Scottish Leaving Certificate Examination, 1958
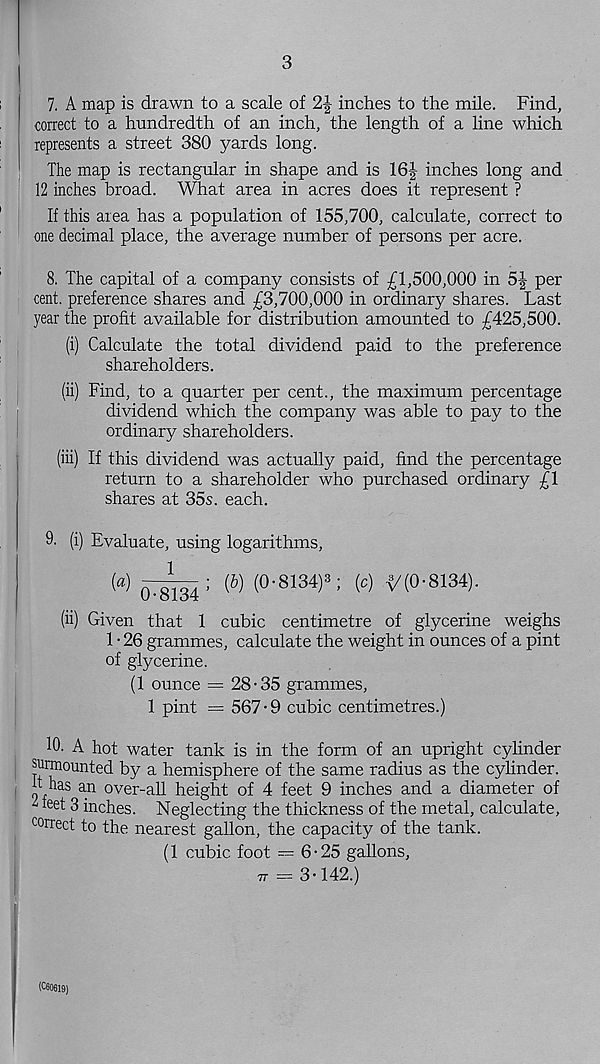
3
7. A map is drawn to a scale of 21,- inches to the mile. Find,
correct to a hundredth of an inch, the length of a line which
represents a street 380 yards long.
The map is rectangular in shape and is 16|- inches long and
12 inches broad. What area in acres does it represent ?
If this area has a population of 155,700, calculate, correct to
one decimal place, the average number of persons per acre.
8. The capital of a company consists of £1,500,000 in 5|- per
cent, preference shares and £3,700,000 in ordinary shares. Last
year the profit available for distribution amounted to £425,500.
(i) Calculate the total dividend paid to the preference
shareholders.
(ii) Find, to a quarter per cent., the maximum percentage
dividend which the company was able to pay to the
ordinary shareholders.
(iii) If this dividend was actually paid, find the percentage
return to a shareholder who purchased ordinary £1
shares at 35s. each.
9. (i) Evaluate, using logarithms,
(<!)
(6) (°' 8134 )“ ; ( c > v(o-8 134 )-
(ii) Given that 1 cubic centimetre of glycerine weighs
1 • 26 grammes, calculate the weight in ounces of a pint
of glycerine.
(1 ounce = 28-35 grammes,
1 pint = 567 • 9 cubic centimetres.)
10. A hot water tank is in the form of an upright cylinder
surmounted by a hemisphere of the same radius as the cylinder,
h has an over-all height of 4 feet 9 inches and a diameter of
^ feet 3 inches. Neglecting the thickness of the metal, calculate,
correct to the nearest gallon, the capacity of the tank.
(1 cubic foot = 6-25 gallons,
77 = 3-142.)
(C60619)